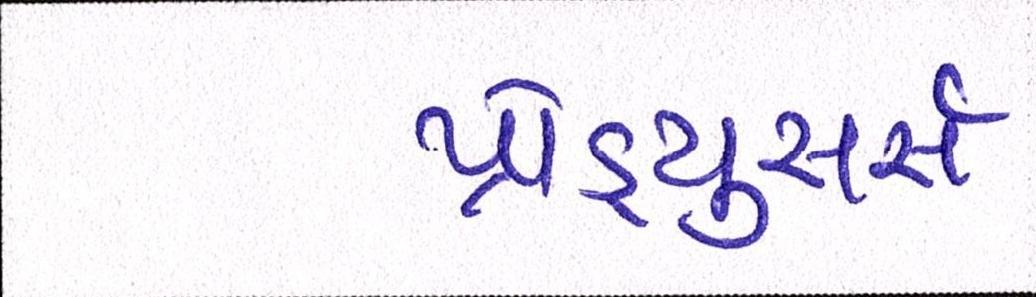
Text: પ્રોડ્યુસર્સ